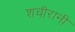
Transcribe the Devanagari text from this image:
शचीरानी